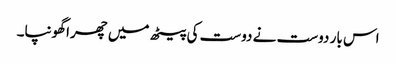
اس بار دوست نے دوست کی پیٹھ میں چھرا گھونپا۔